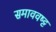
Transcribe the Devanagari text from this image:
समाववष्ट्ट